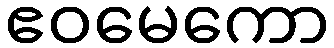
ဧဝမေကော